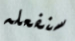
سنفعله